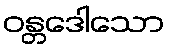
ဝန္တဒေါသော